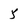
Character: 5